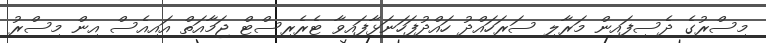
މިސްރުގެ ދެސިފައިން މަރާލި ސަރަހައްދު ހައްދުފަހަނަޅާފައިވާ ޓެރެރިސްޓް ޖަމާއަތް އައިއެސް އިން މިސްރު